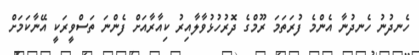
ހެނދުނު ހެނދުނާ އެންމެ ފުރަތަމަ ރޫމްގެ ދޮރުހުޅުވާލާއިރު ކިއާރާއަށް ފެންނަ ތަސްވީރަކީ އޭނާކަމަށް